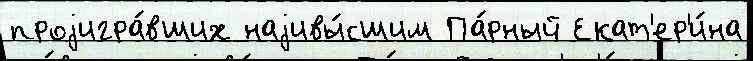
проjигра́вших наjивы́сшим Па́рный Екат'ер'и́на